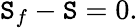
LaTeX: \mathtt{S}_{f}-\mathtt{S}=0.